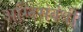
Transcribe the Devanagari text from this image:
अग्निसंबंधी